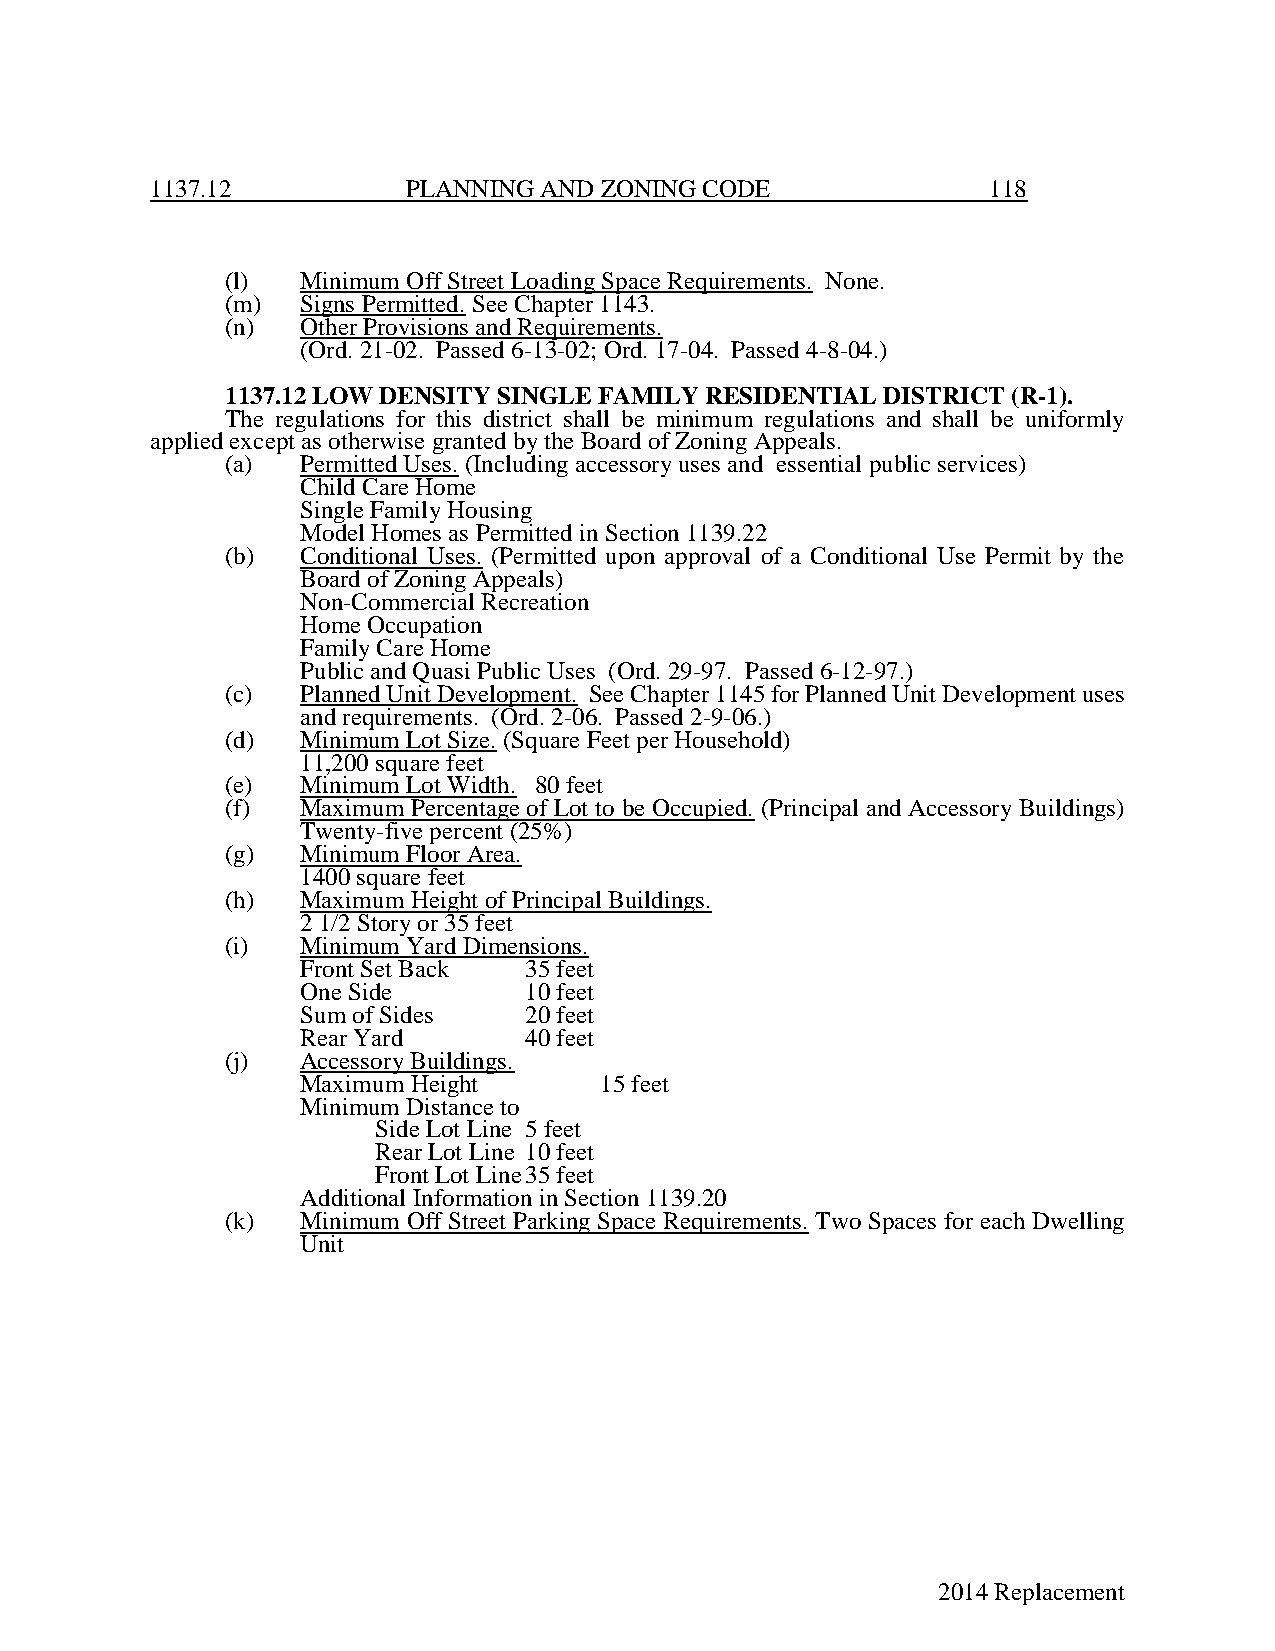
1137.12          PLANNING AND ZONING CODE               118
 (l)  Minimum Off Street Loading Space Requirements. None.
 (m)  Signs Permitted. See Chapter 1143.
 (n)  Other Provisions and Requirements.
 (Ord. 21-02. Passed 6-13-02; Ord. 17-04. Passed 4-8-04.)
 1137.12 LOW DENSITY SINGLE FAMILY RESIDENTIAL DISTRICT (R-1).
 The regulations for this district shall be minimum regulations and shall be uniformly
 applied except as otherwise granted by the Board of Zoning Appeals.
 (a)  Permitted Uses. (Including accessory uses and essential public services)
 Child Care Home
 Single Family Housing
 Model Homes as Permitted in Section 1139.22
 (b)  Conditional Uses. (Permitted upon approval of a Conditional Use Permit by the
 Board of Zoning Appeals)
 Non-Commercial Recreation
 Home Occupation
 Family Care Home
 Public and Quasi Public Uses (Ord. 29-97. Passed 6-12-97.)
 (c)  Planned Unit Development. See Chapter 1145 for Planned Unit Development uses
 and requirements. (Ord. 2-06. Passed 2-9-06.)
 (d)  Minimum Lot Size. (Square Feet per Household)
 11,200 square feet
 (e)  Minimum Lot Width. 80 feet
 (f)  Maximum Percentage of Lot to be Occupied. (Principal and Accessory Buildings)
 Twenty-five percent (25%)
 (g)  Minimum Floor Area.
 1400 square feet
 (h)  Maximum Height of Principal Buildings.
 2 1/2 Story or 35 feet
 (i)  Minimum Yard Dimensions.
 Front Set Back 35 feet
 One Side       10 feet
 Sum of Sides   20 feet
 Rear Yard      40 feet
 (j)  Accessory Buildings.
 Maximum Height      15 feet
 Minimum Distance to
 Side Lot Line 5 feet
 Rear Lot Line 10 feet
 Front Lot Line 35 feet
 Additional Information in Section 1139.20
 (k)  Minimum Off Street Parking Space Requirements. Two Spaces for each Dwelling
 Unit
 2014 Replacement